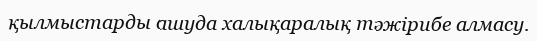
қылмыстарды ашуда халықаралық тәжірибе алмасу.